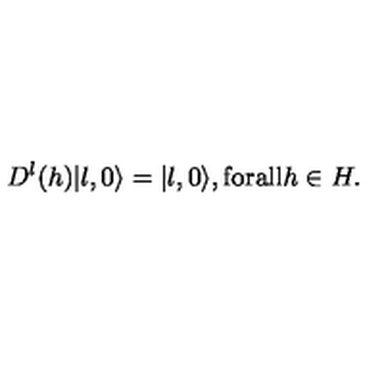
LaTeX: D ^ { l } ( h ) | l , 0 \rangle = | l , 0 \rangle , \mathrm { f o r a l l } h \in H .